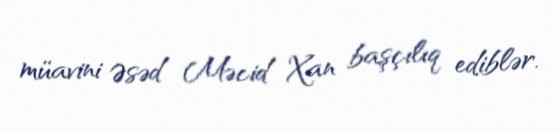
müavini Əsəd Məcid Xan başçılıq ediblər.